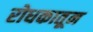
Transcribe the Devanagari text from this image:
रोधकातून